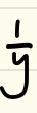
\(\frac{1}{y}\)